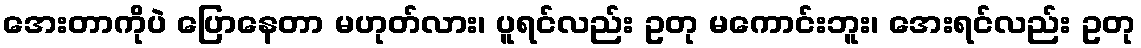
အေးတာကိုပဲ ပြောနေတာ မဟုတ်လား၊ ပူရင်လည်း ဥတု မကောင်းဘူး၊ အေးရင်လည်း ဥတု